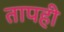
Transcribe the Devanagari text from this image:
तापही